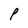
Character: P